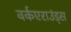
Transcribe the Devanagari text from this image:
वर्कएराउंड्स